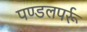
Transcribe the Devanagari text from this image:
पण्डलपर्रू